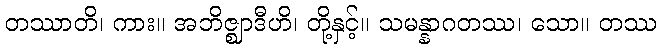
တဿာတိ၊ ကား။ အဘိဇ္ဈာဒီဟိ၊ တို့နှင့်။ သမန္နာဂတဿ၊ သော။ တဿ